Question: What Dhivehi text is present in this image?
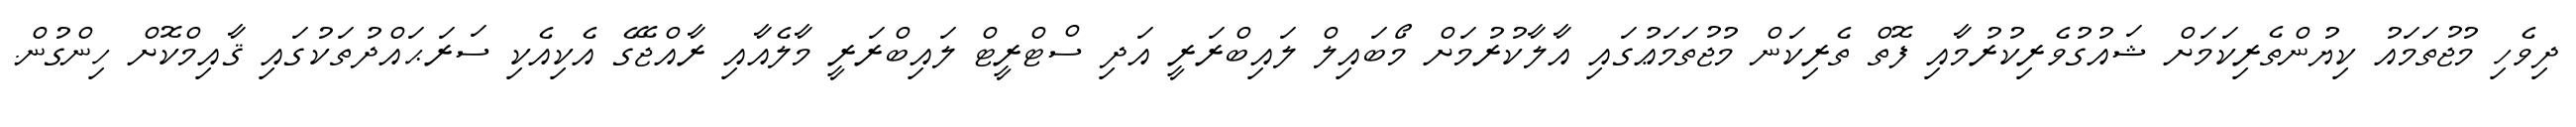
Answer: ދިވެހި މުޖުތަމައު ކިޔުންތެރިކަމަށް ޝައުގުވެރިކުރުމާއި ފޮތް ތެރިކަން މުޖުތަމަޢުގައި އާލާކުރުމަށް މޯބައިލް ލައިބްރަރީ އަދި ސްޓްރީޓް ލައިބްރަރީ މާލެއާއި ރާއްޖޭގެ އެކިއެކި ސަރަޙައްދުތަކުގައި ޤާއިމްކޮށް ހިންގުން.